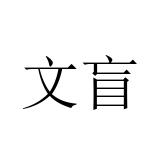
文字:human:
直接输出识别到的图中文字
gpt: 文盲